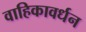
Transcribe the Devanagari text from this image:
वाहिकावर्धन